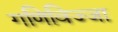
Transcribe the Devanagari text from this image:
गणिविज्जा